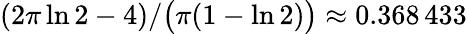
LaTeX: (2\pi\ln 2-4)/\bigl(\pi(1-\ln 2)\bigr)\approx 0.368\, 433